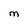
Character: M